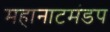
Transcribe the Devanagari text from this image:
महानाटमंडप